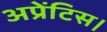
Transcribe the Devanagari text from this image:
अप्रेंटिस।